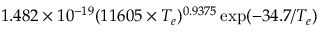
1 . 4 8 2 \times 1 0 ^ { - 1 9 } ( 1 1 6 0 5 \times T _ { e } ) ^ { 0 . 9 3 7 5 } \exp ( { - 3 4 . 7 / T _ { e } } )